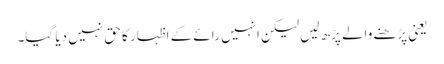
یعنی پڑھنے والے پڑھ لیں لیکن انہیں رائے کے اظہار کا حق نہیں دیا گیا۔